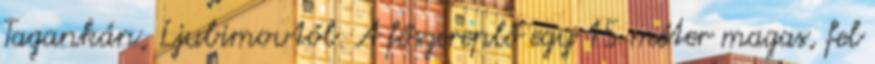
Tagankán, Ljubimovtól. A főszereplő egy 15 méter magas, fel